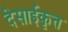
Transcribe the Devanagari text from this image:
देसाईकृत